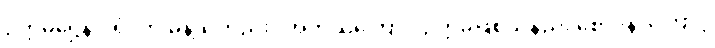
ဥတ္တမဋ္ဌေန ဝရံ’ ကို မိန့်သတည်း။ အဘယ်ကြောင့် ဥတ္တမဖြစ်သနည်း စောဒနာကြောင့်